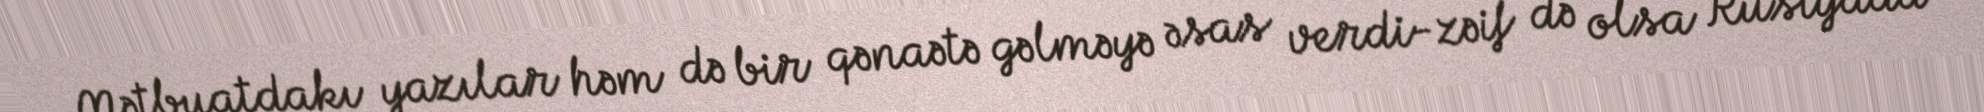
Mətbuatdakı yazılar həm də bir qənaətə gəlməyə əsas verdi-zəif də olsa Rusiyada